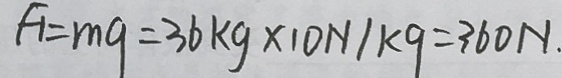
F _ { 1 } = m g = 3 6 k g \times 1 0 N / k g = 3 6 0 N .